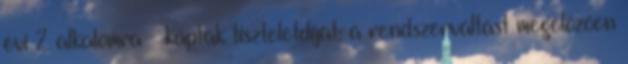
évi 2 alkalomra – kaptak tiszteletdíjat: a rendszerváltást megelőzően